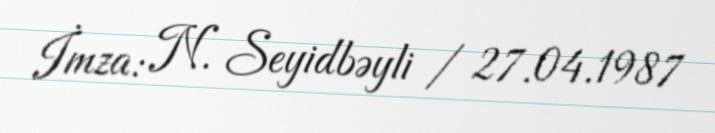
İmza: N. Seyidbəyli / 27.04.1987